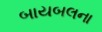
બાયબલના